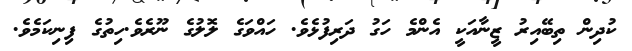
ކުދިން ތިބޭއިރު ޒީނާއަކީ އެންމެ ހަގު ދަރިފުޅެވެ. ހައްވަގެ ލޮލުގެ ނޫރެވެ.ހިތުގެ ފިނިކަމެވެ.